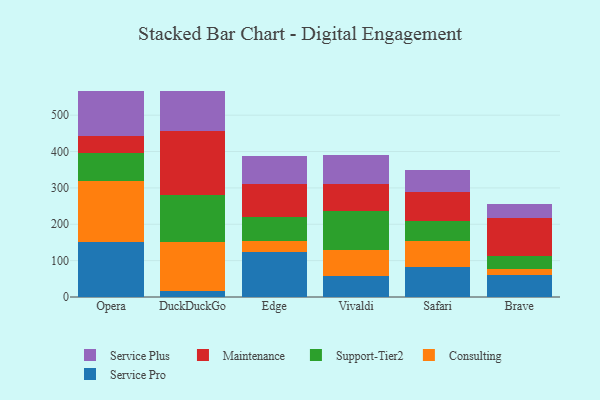
{"axis": {"x": "Browser", "y": "Conversion Rate (%)"}, "legend": ["Consulting", "Maintenance", "Service Plus", "Service Pro", "Support-Tier2"], "data": [{"x": "Opera", "y": 151.5, "type": "Service Pro"}, {"x": "Opera", "y": 166.4, "type": "Consulting"}, {"x": "Opera", "y": 79.4, "type": "Support-Tier2"}, {"x": "Opera", "y": 45.3, "type": "Maintenance"}, {"x": "Opera", "y": 122.9, "type": "Service Plus"}, {"x": "DuckDuckGo", "y": 17.6, "type": "Service Pro"}, {"x": "DuckDuckGo", "y": 133.5, "type": "Consulting"}, {"x": "DuckDuckGo", "y": 128.3, "type": "Support-Tier2"}, {"x": "DuckDuckGo", "y": 178.4, "type": "Maintenance"}, {"x": "DuckDuckGo", "y": 109.1, "type": "Service Plus"}, {"x": "Edge", "y": 123.5, "type": "Service Pro"}, {"x": "Edge", "y": 30.3, "type": "Consulting"}, {"x": "Edge", "y": 66.3, "type": "Support-Tier2"}, {"x": "Edge", "y": 91.0, "type": "Maintenance"}, {"x": "Edge", "y": 75.9, "type": "Service Plus"}, {"x": "Vivaldi", "y": 57.4, "type": "Service Pro"}, {"x": "Vivaldi", "y": 72.1, "type": "Consulting"}, {"x": "Vivaldi", "y": 107.8, "type": "Support-Tier2"}, {"x": "Vivaldi", "y": 72.3, "type": "Maintenance"}, {"x": "Vivaldi", "y": 80.8, "type": "Service Plus"}, {"x": "Safari", "y": 81.8, "type": "Service Pro"}, {"x": "Safari", "y": 71.5, "type": "Consulting"}, {"x": "Safari", "y": 56.3, "type": "Support-Tier2"}, {"x": "Safari", "y": 79.3, "type": "Maintenance"}, {"x": "Safari", "y": 61.0, "type": "Service Plus"}, {"x": "Brave", "y": 59.9, "type": "Service Pro"}, {"x": "Brave", "y": 16.1, "type": "Consulting"}, {"x": "Brave", "y": 36.0, "type": "Support-Tier2"}, {"x": "Brave", "y": 106.3, "type": "Maintenance"}, {"x": "Brave", "y": 38.5, "type": "Service Plus"}]}